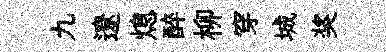
九遼熄醉柳穿城奖